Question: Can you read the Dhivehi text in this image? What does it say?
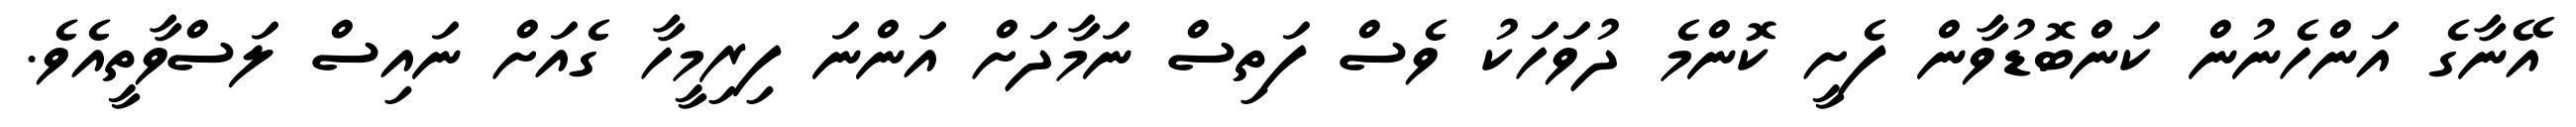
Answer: އޭނާގެ އަންހެނުން ކަންބޮޑުވާން ފެށީ ކޮންމެ ދުވަހަކު ވެސް ފަތިސް ނަމާދަށް އަންނަ ފިރިމީހާ ގެއަށް ނައިސް ލަސްވާތީއެވެ.